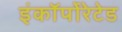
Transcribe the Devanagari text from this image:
इंकॉर्पोरेटेड